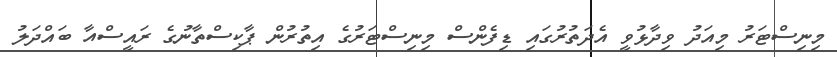
މިނިސްޓަރު މިއަދު ވިދާޅުވީ އެދަތުރުގައި ޑިފެންސް މިނިސްޓަރުގެ އިތުރުން ޕާކިސްތާނުގެ ރައީސްއާ ބައްދަލު